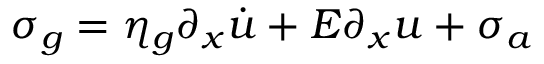
\sigma _ { g } = \eta _ { g } \partial _ { x } \dot { u } + E \partial _ { x } u + \sigma _ { a }